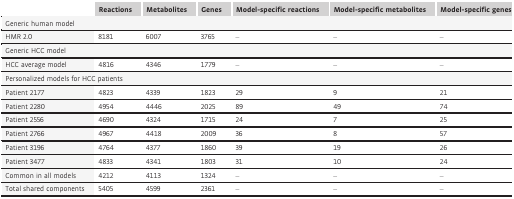
<table><thead><tr><td></td><td><b>Reactions</b></td><td><b>Metabolites</b></td><td><b>Genes</b></td><td><b>Model‐specific reactions</b></td><td><b>Model‐specific metabolites</b></td><td><b>Model‐specific genes</b></td></tr></thead><tbody><tr><td colspan="7">Generic human model</td></tr><tr><td>HMR 2.0</td><td>8181</td><td>6007</td><td>3765</td><td>–</td><td>–</td><td>–</td></tr><tr><td colspan="7">Generic HCC model</td></tr><tr><td>HCC average model</td><td>4816</td><td>4346</td><td>1779</td><td>–</td><td>–</td><td>–</td></tr><tr><td colspan="7">Personalized models for HCC patients</td></tr><tr><td>Patient 2177</td><td>4823</td><td>4339</td><td>1823</td><td>29</td><td>9</td><td>21</td></tr><tr><td>Patient 2280</td><td>4954</td><td>4446</td><td>2025</td><td>89</td><td>49</td><td>74</td></tr><tr><td>Patient 2556</td><td>4690</td><td>4324</td><td>1715</td><td>24</td><td>7</td><td>25</td></tr><tr><td>Patient 2766</td><td>4967</td><td>4418</td><td>2009</td><td>36</td><td>8</td><td>57</td></tr><tr><td>Patient 3196</td><td>4764</td><td>4377</td><td>1860</td><td>39</td><td>19</td><td>26</td></tr><tr><td>Patient 3477</td><td>4833</td><td>4341</td><td>1803</td><td>31</td><td>10</td><td>24</td></tr><tr><td>Common in all models</td><td>4212</td><td>4113</td><td>1324</td><td>–</td><td>–</td><td>–</td></tr><tr><td>Total shared components</td><td>5405</td><td>4599</td><td>2361</td><td>–</td><td>–</td><td>–</td></tr></tbody></table>